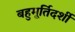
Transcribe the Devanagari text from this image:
बहुमूर्तिदर्शी